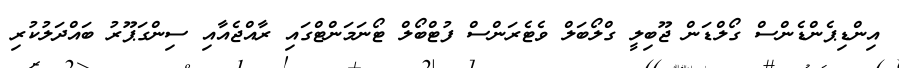
އިންޑިޕެންޑެންސް ގޯލްޑަން ޖޫބިލީ ގްލޯބަލް ވެޓެރަންސް ފުޓްބޯލް ޓޯނަމަންޓްގައި ރާއްޖެއާއި ސިންގަޕޫރު ބައްދަލުކުރި